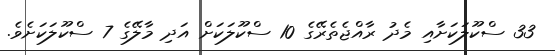
33 ސްކޫލަކަށާއި މެދު ރާއްޖެތެރޭގެ 10 ސްކޫލަކަށް އަދި މާލޭގެ 7 ސްކޫލަކަށެވެ.